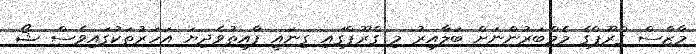
މާޒްސް ގްރޫޕްގެ މެމްބަރުންނަށް ބަލާއިރު މި ގްރޫޕްގައި ގިނައީ ފާއިިތުވެދިޔަ އަހަރުތަކުގައިވެސް ޝޯ